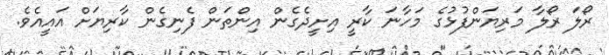
ރޯލަ ރޯލާ މަރިޔަންފުޅުގެ މަހާނަ ކާރީ އިށީދެގެން އިންތަން ފެނިގެން ކާރިޔަށް އައީއެވެ.